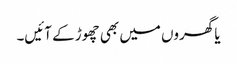
یا گھروں میں بھی چھوڑ کے آئیں۔